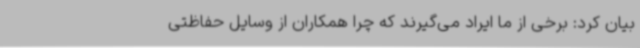
بیان کرد: برخی از ما ایراد می‌گیرند که چرا همکاران از وسایل حفاظتی